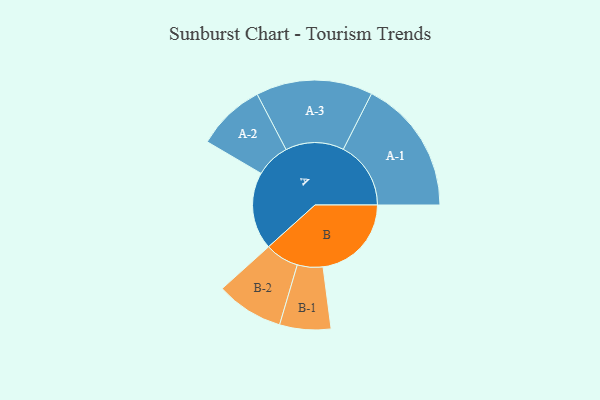
{"axis": {"x": "Segment", "y": "Value"}, "legend": ["", "A", "B"], "data": [{"x": "A", "y": 312, "type": ""}, {"x": "B", "y": 356, "type": ""}, {"x": "A-1", "y": 272, "type": "A"}, {"x": "A-2", "y": 138, "type": "A"}, {"x": "A-3", "y": 235, "type": "A"}, {"x": "B-1", "y": 103, "type": "B"}, {"x": "B-2", "y": 136, "type": "B"}]}